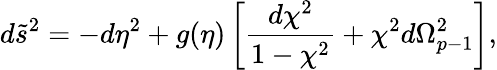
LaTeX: d\tilde{s}^{2}=-d\eta^{2}+g(\eta)\left[{\frac{d\chi^{2}}{1-\chi^{2}}}+\chi^{2}d\Omega_{p-1}^{2}\right],